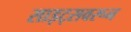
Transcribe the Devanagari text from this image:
साइट्सवरून